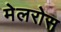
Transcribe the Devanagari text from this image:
मेलरोस